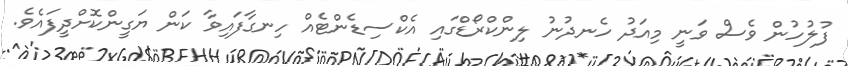
ފުލުހުން ވެސް ވަނީ މިއަދު ހެނދުނު ލިންކްރޯޑްގައި އެކްސިޑެންޓެއް ހިނގާފައިވާ ކަަން ޔަގީންކޮށްދީފައެވެ.